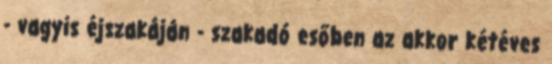
- vagyis éjszakáján - szakadó esőben az akkor kétéves